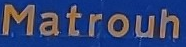
Matrouh